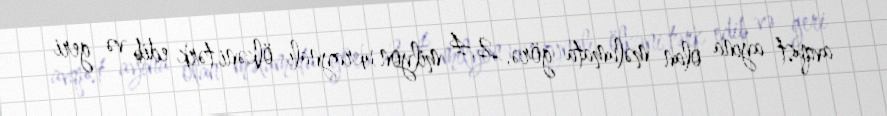
avqust ayına olan məlumata görə, 2,4 milyon ukraynalı ölkəni tərk edib və geri